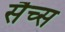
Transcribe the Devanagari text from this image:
सैच्‍स